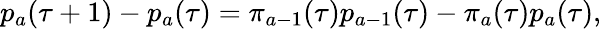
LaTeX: p_{a}(\tau+1)-p_{a}(\tau)=\pi_{a-1}(\tau)p_{a-1}(\tau)-\pi_{a}(\tau)p_{a}(\tau),